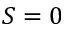
S = 0